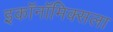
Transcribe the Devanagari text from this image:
इकॉनॉमिक्सला